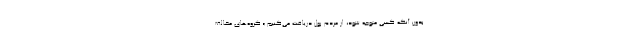
بدون آنکه کسی متوجه شود، از مردم پول دریافت می‌کنیم.» گروه‌های مخالف